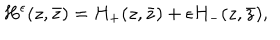
LaTeX: H ^ { \epsilon } ( z , \bar { z } ) = H _ { + } ( z , \bar { z } ) + \epsilon H _ { - } ( z , \bar { z } ) ,